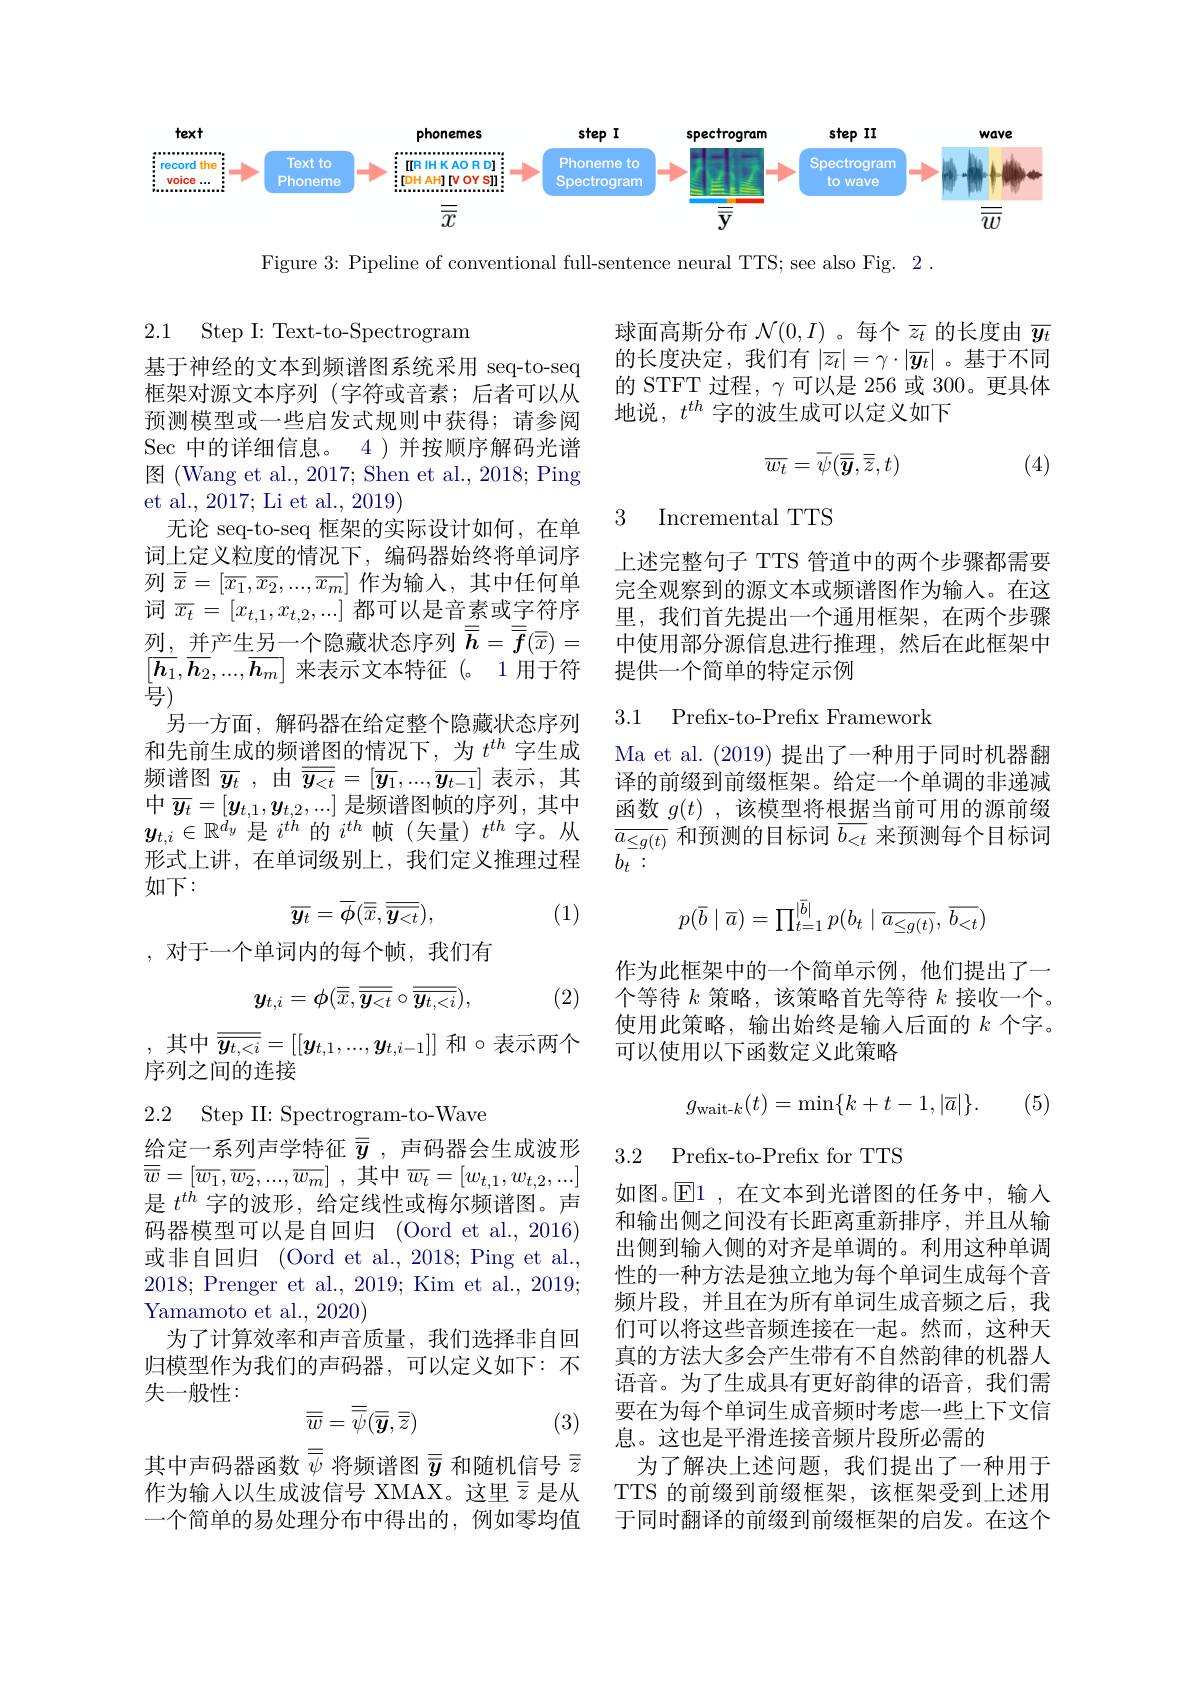
<FigureHere>

Figure 3: Pipeline of conventional full-sentence neural TTS; see also Fig. 2.

### 2.1 Step I: Text-to-Spectrogram

球面高斯分布$\mathcal{N}(0,I)$ 。每个$\overline z_t$的长度由$\overline{y_t}$ 的长度决定，我们有$|\overline z_t|=\gamma\cdot|\overline{y_t}|$ 。基于不同的 STFT 过程，$\gamma$可以是 256 或 300。更具体地说，$t^{th}$字的波生成可以定义如下
$$\overline{w_t}=\overline{\psi}(\overline{\overline{y}},\overline{\overline{z}},t)$$
(4)

Incremental TTS

3

上述完整句子 TTS 管道中的两个步骤都需要完全观察到的源文本或频谱图作为输入。在这里，我们首先提出一个通用框架，在两个步骤中使用部分源信息进行推理，然后在此框架中提供一个简单的特定示例

基于神经的文本到频谱图系统采用 seq-to-seq 框架对源文本序列 (字符或音素；后者可以从预测模型或一些启发式规则中获得；请参阅Sec 中的详细信息。4 ) 并按顺序解码光谱图 (Wang et al., 2017; Shen et al., 2018; Ping et al., 2017; Li et al., 2019)
无论 seq-to-seq 框架的实际设计如何，在单词上定义粒度的情况下，编码器始终将单词序列$\overline{x}=[\overline{x_1},\overline{x_2},...,\overline{x_m}]$作为输入，其中任何单词$\overline{x_t}=[x_{t,1},x_{t,2},...]$都可以是音素或字符序$\underline{\text{列，并产生另一个隐藏状态序列 }}\overline{\overline{h}}=\overline{\overline{f}}(\overline{\overline{x}})=$ $\begin{bmatrix}\overline{h_1},\overline{h_2},...,\overline{h_m}\end{bmatrix}$来表示文本特征 (。1 用于符$\frac{\bar{\text{马}}}{\bar{J}})$
另一方面，解码器在给定整个隐藏状态序列和先前生成的频谱图的情况下，为$t^{th}$ 字生成频谱图$\overline{y_t}$ ,由$\overline\overline{y_{<t}}=[\overline{y_1},...,\overline{y_{t-1}}]$表示，其中$\overline{y_t}=[\boldsymbol{y}_{t,1},\boldsymbol{y}_{t,2},...]$是频谱图帧的序列，其中$\boldsymbol{y}_{t,i}\in\mathbb{R}^{d_{y}}$是$i^{th}$的$i^th$帧(矢量)$t^th$字。从形式上讲，在单词级别上，我们定义推理过程如下：
$$\overline{\boldsymbol{y}_t}=\overline{\phi}(\overline{\overline{x}},\overline{\overline{\boldsymbol{y}_{<t}}}),$$
(1)

3.1 Prefix-to-Prefix Framework

Ma et al. (2019) 提出了一种用于同时机器翻译的前缀到前缀框架。给定一个单调的非递减函数$g( t)$ ,该模型将根据当前可用的源前缀$\overline{a_{\leq g(t)}}$和预测的目标词$\overline b_{<t}$来预测每个目标词$b_t:$
$$p(\bar{b}\mid\overline{a})=\prod_{t=1}^{|\bar{b}|}p(b_t\mid\overline{a_{\le g(t)}},\overline{b_{<t}})$$
,对于一个单词内的每个帧，我们有
$$y_{t,i}=\phi(\overline{\overline{x}},\overline{\overline{y_{<t}}}\circ\overline{\overline{y_{t,<i}}}),$$
(2)

作为此框架中的一个简单示例，他们提出了一个等待$k$策略，该策略首先等待$k$接收一个。使用此策略，输出始终是输入后面的$k$个字。可以使用以下函数定义此策略

,其中$\overline{\overline{y_{t,<i}}}=[[\boldsymbol{y}_{t,1},...,\boldsymbol{y}_{t,i-1}]]$和$\circ$表示两个
序列之间的连接

(5)

2.2 Step II: Spectrogram-to-Wave
$$g_{\text{wait-}k}(t)=\min\{k+t-1,|\overline{a}|\}.$$
3.2 Prefix-to-Prefix for TTS

给定一系列声学特征$\overline{\bar{y}}$ ,声码器会生成波形$\overline {\overline {w}}= [ \overline {w_1}, \overline {w_2}, . . . , \overline {w_m}]$ ,其中$\overline w_t=[w_{t,1},w_{t,2},...]$ 是$t^{th}$字的波形，给定线性或梅尔频谱图。声码器模型可以是自回归 (Oord et al., 2016) 或非自回归 (Oord et al., 2018; Ping et al., 2018;Prenger et al., 2019; Kim et al., 2019; Yamamoto et al., 2020)
为了计算效率和声音质量，我们选择非自回归模型作为我们的声码器，可以定义如下：不失一般性：
$$\overline{\overline{w}}=\overline{\overline{\psi}}(\overline{\overline{y}},\overline{\overline{z}})$$
如图。$\overline{\mathbb{E}}$1 ,在文本到光谱图的任务中，输入和输出侧之间没有长距离重新排序，并且从输出侧到输入侧的对齐是单调的。利用这种单调性的一种方法是独立地为每个单词生成每个音频片段，并且在为所有单词生成音频之后，我们可以将这些音频连接在一起。然而，这种天真的方法大多会产生带有不自然韵律的机器人语音。为了生成具有更好韵律的语音，我们需要在为每个单词生成音频时考虑一些上下文信息。这也是平滑连接音频片段所必需的
为了解决上述问题，我们提出了一种用于TTS 的前缀到前缀框架，该框架受到上述用于同时翻译的前缀到前缀框架的启发。在这个

(3)

其中声码器函数$\overline{\overline{\psi}}$将频谱图$\overline{\overline{y}}$和随机信号$\overline{\bar{z}}$ 作为输人以生成波信号 XMAX。这里$\overline{\bar{z}}$是从一个简单的易处理分布中得出的，例如零均值